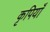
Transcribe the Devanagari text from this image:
कृपियाँ